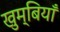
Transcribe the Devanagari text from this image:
खुम्बियाँ